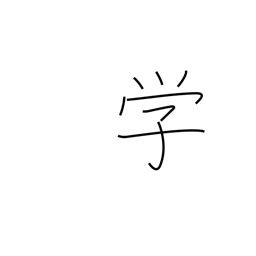
Meaning: learning